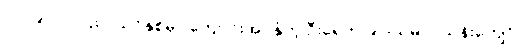
၂၀၁၉ -၂၀ ပညာသင်နှစ်မှာ ကျောင်းအပ်နှံတဲ့ ဦးရေက ၉ ဒသမ ၇ သန်းကျော်